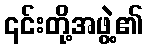
၎င်းတို့အဖွဲ့၏